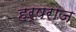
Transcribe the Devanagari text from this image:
हर्षराज